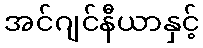
အင်ဂျင်နီယာနှင့်